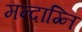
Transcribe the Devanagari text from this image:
मन्‍दाग्नि